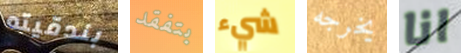
بندقيته بتفقد شيء يخرجه انا